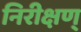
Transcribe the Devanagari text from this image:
निरीक्षण्